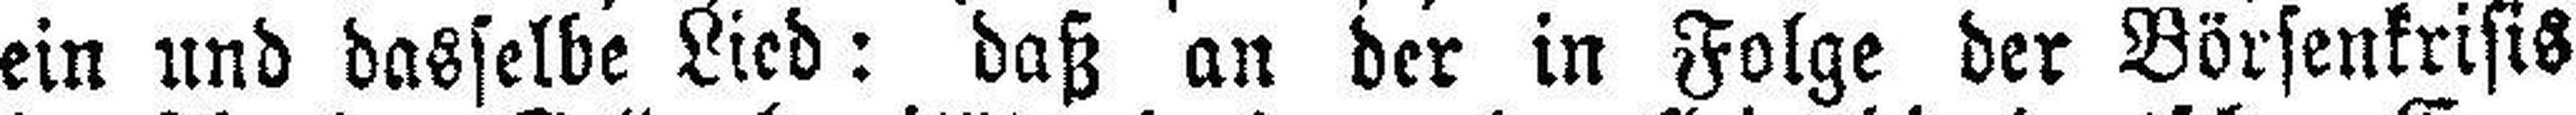
ein und dasselbe Lied: daß an der in Folge der Börsenkrisis